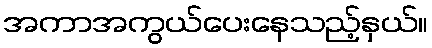
အကာအကွယ်ပေးနေသည့်နှယ်။